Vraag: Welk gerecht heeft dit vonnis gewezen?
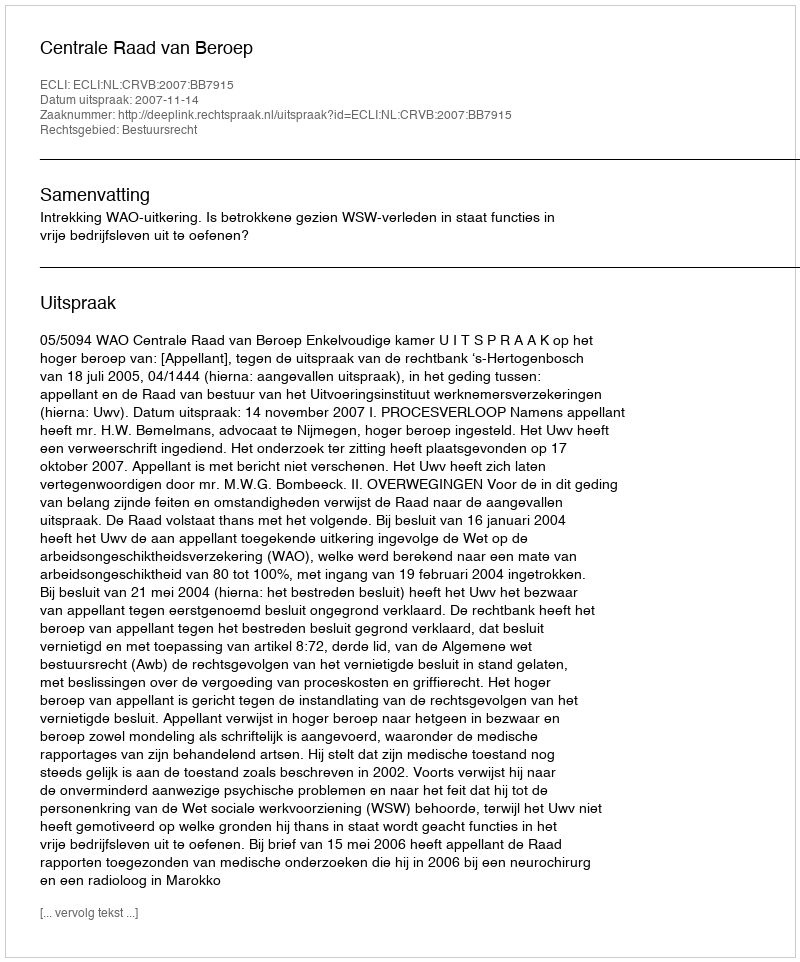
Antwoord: Centrale Raad van Beroep